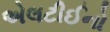
એલટીઈનો